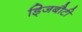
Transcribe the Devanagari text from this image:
ड्जिबौटी